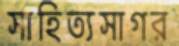
সাহিত্যসাগর